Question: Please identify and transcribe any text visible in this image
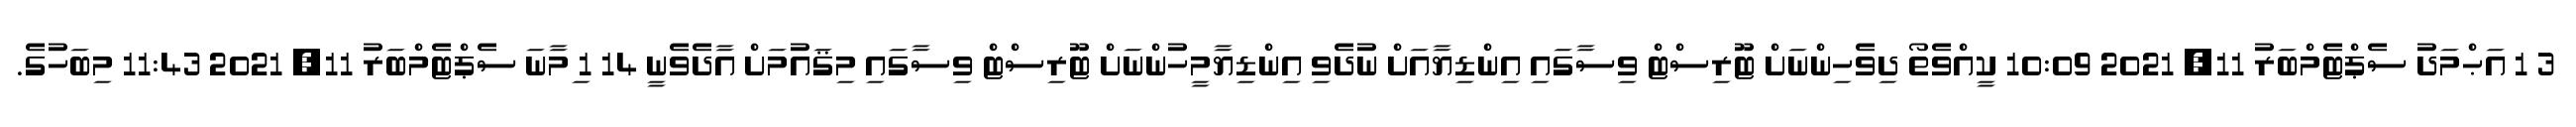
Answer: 3 1 އަޙްމަދު ސެޕްޓެމްބަރު 11, 2021 10:09 ކީއްވެތޯ ދިވެހިންނަށް ޓޫރިސްޓް ވިސާގައި އިންޑިޔާއަށް ނުދެވި އިންޑިޔާމީހުންނަށް ޓޫރިސްޓް ވިސާގައި މިޤައުމަށް އާދެވެނީ 14 1 ިމާނަ ސެޕްޓެމްބަރު 11, 2021 11:43 މިބަހުގެ.